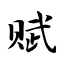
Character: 赋